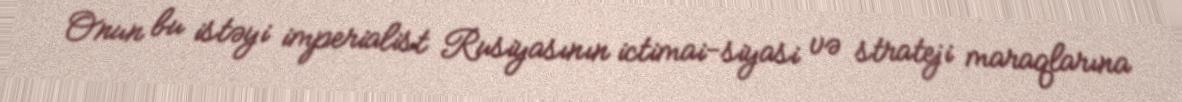
Onun bu istəyi imperialist Rusiyasının ictimai-siyasi və strateji maraqlarına